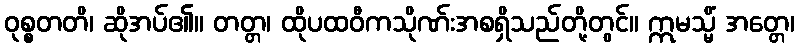
ဝုစ္စတတိ၊ ဆိုအပ်၏။ တတ္တ၊ ထိုပထဝီကသိုဏ်းအစရှိသည်တို့တွင်။ ဣမသ္မိံ အတ္တေ၊